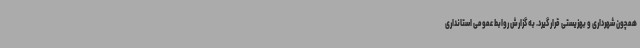
همچون شهرداری و بهزیستی قرار گیرد. به گزارش روابط عمومی استانداری